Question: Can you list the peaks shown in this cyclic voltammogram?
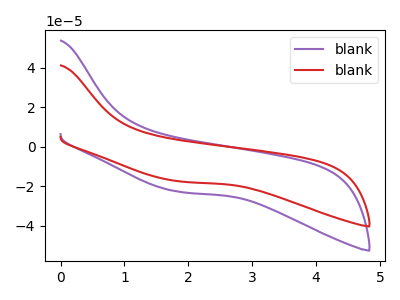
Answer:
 <answer>The purple curve "blank1" has no peaks. The red curve "blank2" has no peaks.</answer>
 <eval></eval>